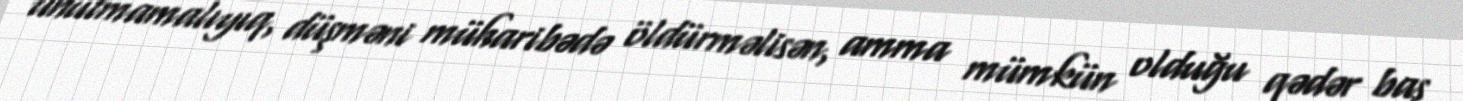
unutmamalıyıq, düşməni müharibədə öldürməlisən, amma mümkün olduğu qədər baş